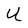
Character: U